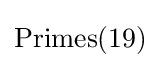
{\text{Primes}}(19)